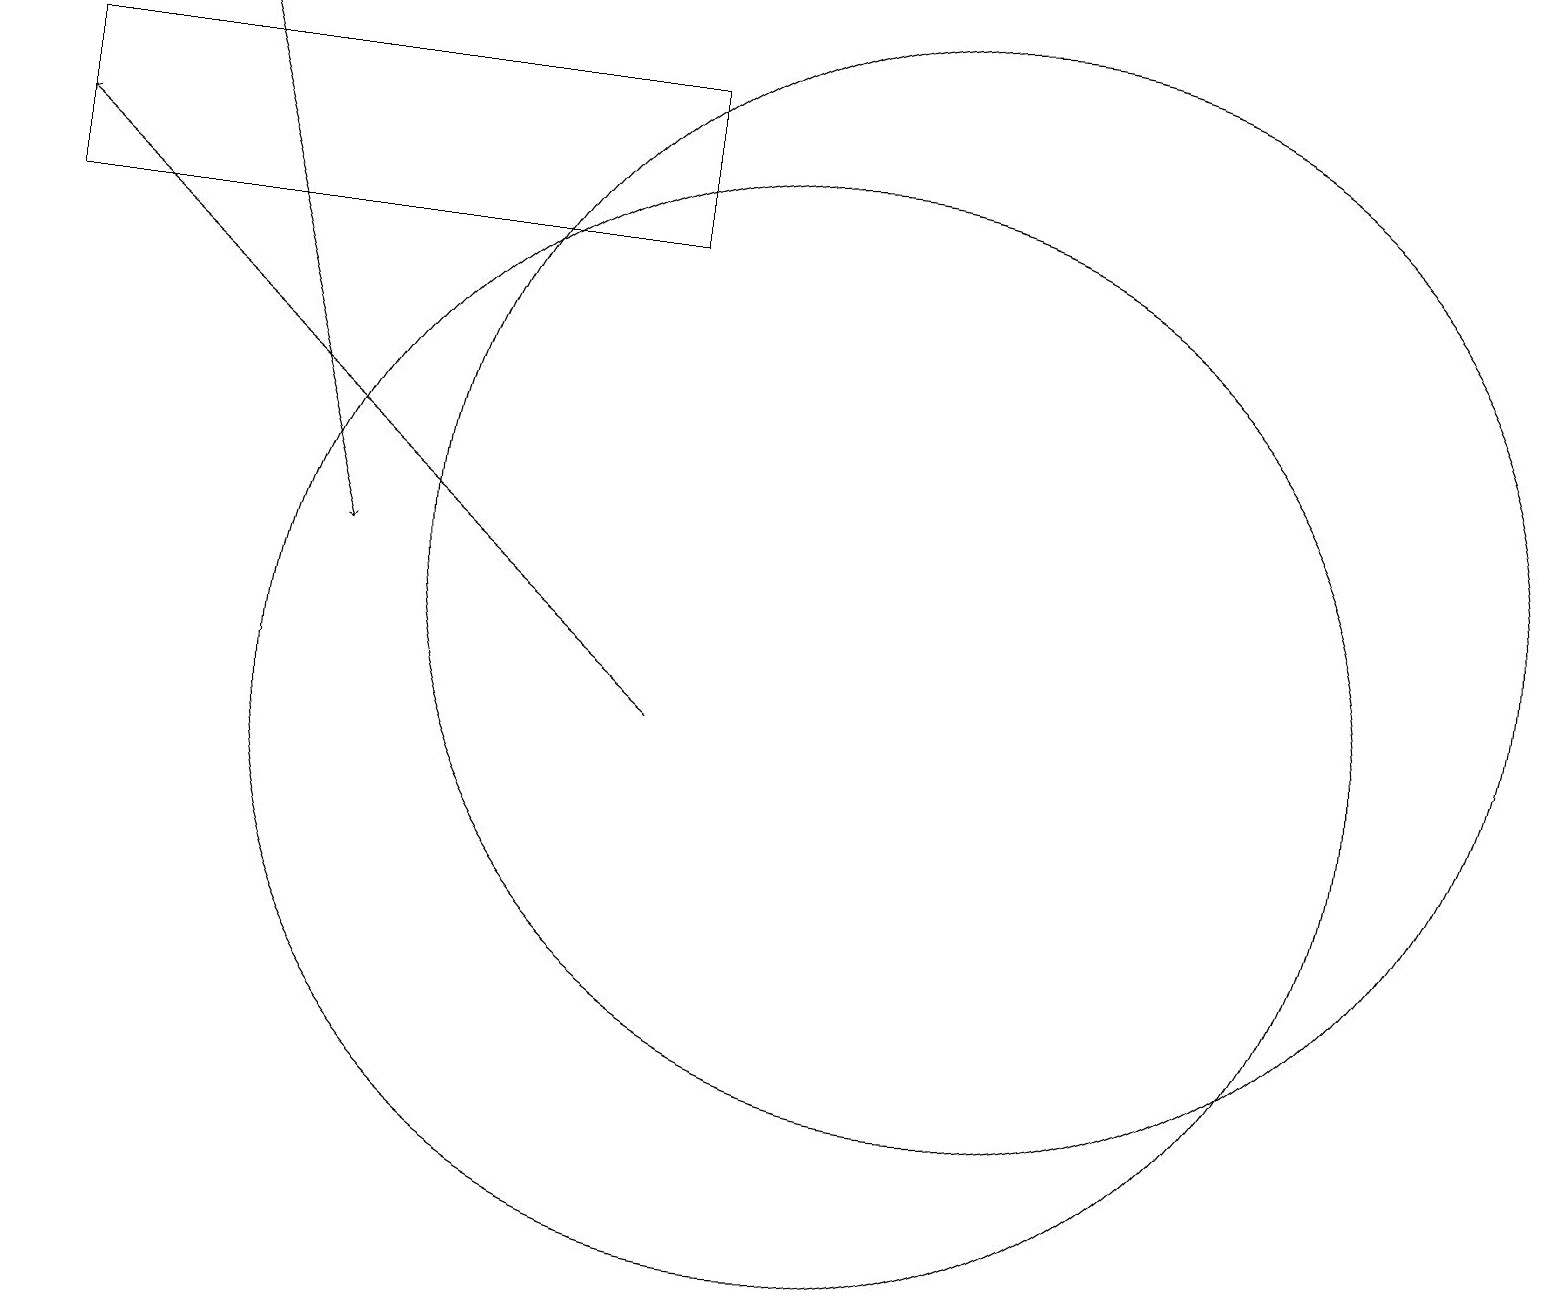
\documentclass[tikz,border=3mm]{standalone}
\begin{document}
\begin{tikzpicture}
\draw (12,12) circle (7);
\draw (10,10) circle (0);
\draw (10,10) circle (7);
\draw[->] (8,10) -- (0,17);
\draw (8,18) rectangle (0,16);
\draw[->] (2,19) -- (4,12);
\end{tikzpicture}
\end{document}